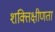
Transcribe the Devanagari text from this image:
शक्तिक्षीणता